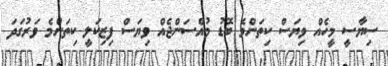
ސިޔާސީ މީހެއް ވިޔަސް ކިތަންމެ ބޮޑު މުއްސަންޖެއް ވިޔަސް ފިޒިކަލީ ކިތަންމެ ވަރުގަދަ